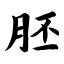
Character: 胚